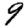
Digit: 9